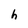
Character: h